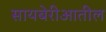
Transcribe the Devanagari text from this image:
सायबेरीआतील